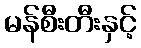
မန်စီးတီးနှင့်